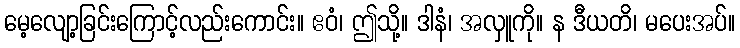
မေ့လျော့ခြင်းကြောင့်လည်းကောင်း။ ဧဝံ၊ ဤသို့။ ဒါနံ၊ အလှူကို။ န ဒီယတိ၊ မပေးအပ်။